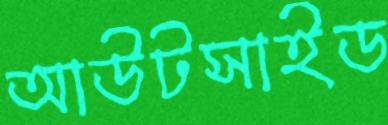
আউটসাইড